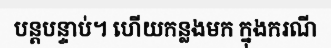
បន្តបន្ទាប់។ ហើយកន្លងមក ក្នុងករណី